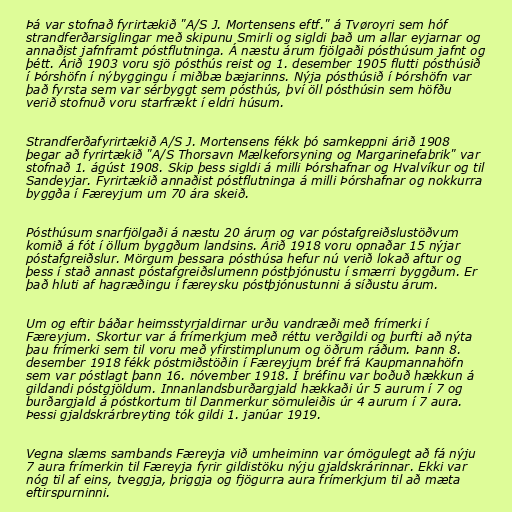
Þá var stofnað fyrirtækið "A/S J. Mortensens eftf." á Tvøroyri sem hóf
strandferðarsiglingar með skipunu Smirli og sigldi það um allar eyjarnar og
annaðist jafnframt póstflutninga. Á næstu árum fjölgaði pósthúsum jafnt og
þétt. Árið 1903 voru sjö pósthús reist og 1. desember 1905 flutti pósthúsið
í Þórshöfn í nýbyggingu í miðbæ bæjarinns. Nýja pósthúsið í Þórshöfn var
það fyrsta sem var sérbyggt sem pósthús, því öll pósthúsin sem höfðu
verið stofnuð voru starfrækt í eldri húsum.

Strandferðafyrirtækið A/S J. Mortensens fékk þó samkeppni árið 1908
þegar að fyrirtækið "A/S Thorsavn Mælkeforsyning og Margarinefabrik" var
stofnað 1. ágúst 1908. Skip þess sigldi á milli Þórshafnar og Hvalvíkur og til
Sandeyjar. Fyrirtækið annaðist póstflutninga á milli Þórshafnar og nokkurra
byggða í Færeyjum um 70 ára skeið.

Pósthúsum snarfjölgaði á næstu 20 árum og var póstafgreiðslustöðvum
komið á fót í öllum byggðum landsins. Árið 1918 voru opnaðar 15 nýjar
póstafgreiðslur. Mörgum þessara pósthúsa hefur nú verið lokað aftur og
þess í stað annast póstafgreiðslumenn póstþjónustu í smærri byggðum. Er
það hluti af hagræðingu í færeysku póstþjónustunni á síðustu árum.

Um og eftir báðar heimsstyrjaldirnar urðu vandræði með frímerki í
Færeyjum. Skortur var á frímerkjum með réttu verðgildi og þurfti að nýta
þau frímerki sem til voru með yfirstimplunum og öðrum ráðum. Þann 8.
desember 1918 fékk póstmiðstöðin í Færeyjum bréf frá Kaupmannahöfn
sem var póstlagt þann 16. nóvember 1918. Í bréfinu var boðuð hækkun á
gildandi póstgjöldum. Innanlandsburðargjald hækkaði úr 5 aurum í 7 og
burðargjald á póstkortum til Danmerkur sömuleiðis úr 4 aurum í 7 aura.
Þessi gjaldskrárbreyting tók gildi 1. janúar 1919.

Vegna slæms sambands Færeyja við umheiminn var ómögulegt að fá nýju
7 aura frímerkin til Færeyja fyrir gildistöku nýju gjaldskrárinnar. Ekki var
nóg til af eins, tveggja, þriggja og fjögurra aura frímerkjum til að mæta
eftirspurninni.